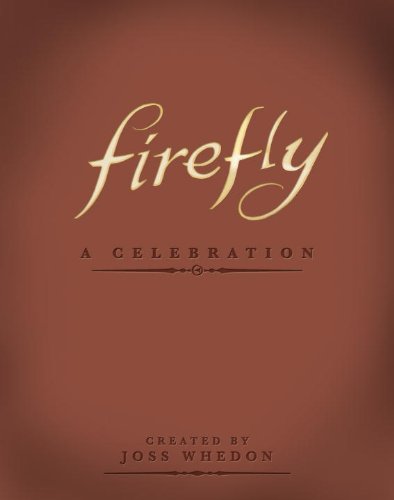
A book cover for Firefly: A Celebration (Anniversary Edition); Joss Whedon; Humor & Entertainment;